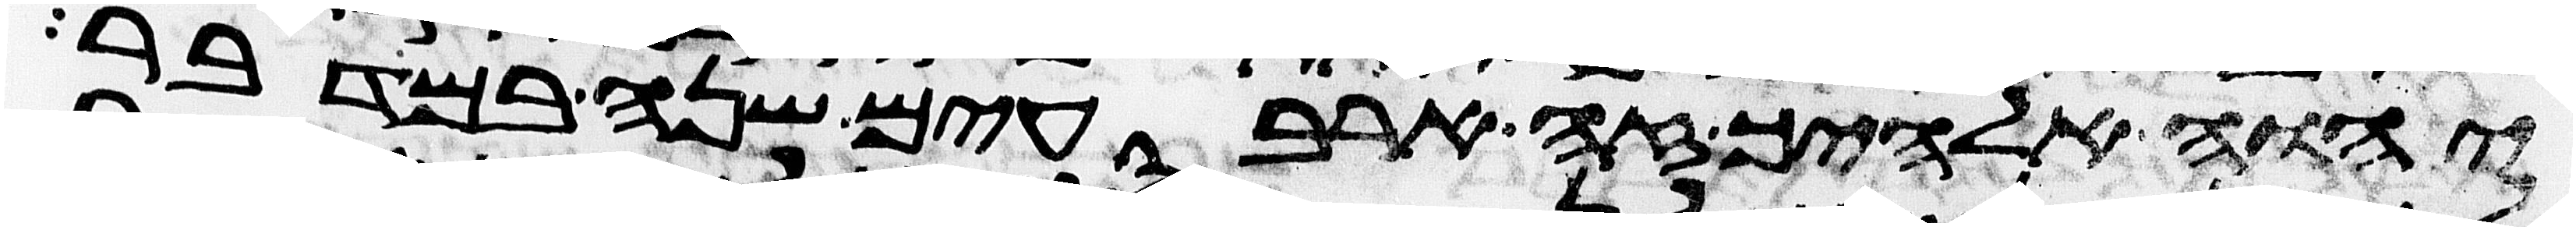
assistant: יהוה אלהיך זה ארבעים שנה במדבר